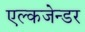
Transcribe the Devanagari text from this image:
एल्कजेन्डर